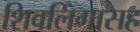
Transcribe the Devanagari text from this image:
शिवलिंगासह